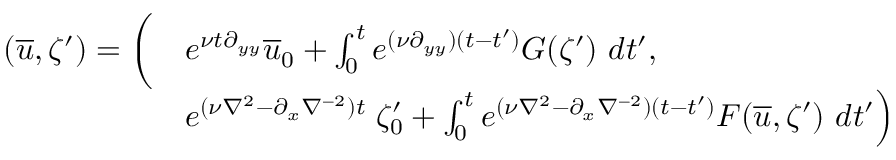
\begin{array} { r l } { ( \overline { { u } } , \zeta ^ { \prime } ) = \bigg ( } & { e ^ { \nu t \partial _ { y y } } \overline { { u } } _ { 0 } + \int _ { 0 } ^ { t } e ^ { ( \nu \partial _ { y y } ) ( t - t ^ { \prime } ) } G ( \zeta ^ { \prime } ) \ d t ^ { \prime } , } \\ & { e ^ { ( \nu \nabla ^ { 2 } - \partial _ { x } \nabla ^ { - 2 } ) t } \left. \zeta _ { 0 } ^ { \prime } + \int _ { 0 } ^ { t } e ^ { ( \nu \nabla ^ { 2 } - \partial _ { x } \nabla ^ { - 2 } ) ( t - t ^ { \prime } ) } F ( \overline { { u } } , \zeta ^ { \prime } ) \ d t ^ { \prime } \right) } \end{array}